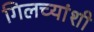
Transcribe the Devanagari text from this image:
गिलच्यांशी